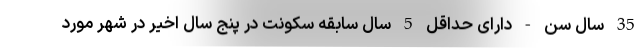
35 سال سن - دارای حداقل 5 سال سابقه سکونت در پنج سال اخیر در شهر مورد